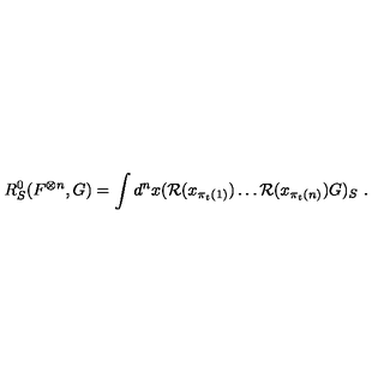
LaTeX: R _ { S } ^ { 0 } ( F ^ { \otimes n } , G ) = \int d ^ { n } x ( { \mathcal R } ( x _ { \pi _ { t } ( 1 ) } ) \ldots { \mathcal R } ( x _ { \pi _ { t } ( n ) } ) G ) _ { S } \ .